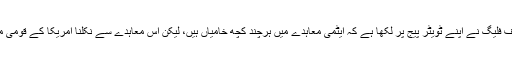
ریپبلکن سینیٹر جف فلیگ نے اپنے ٹویٹر پیج پر لکھا ہے کہ ایٹمی معاہدے میں ہرچند کچھ خامیاں ہیں، لیکن اس معاہدے سے نکلنا امریکا کے قومی مفاد میں نہیں ہے۔